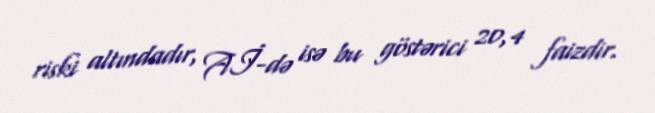
riski altındadır, Aİ-də isə bu göstərici 20,4 faizdir.